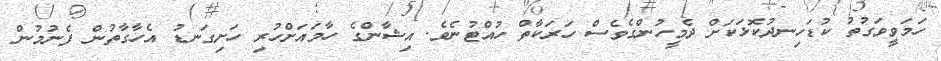
ހަމަވީވަގުތު ކުޑަހިނދުކޮޅަކަށް ދެމީހުންގެވެސް ހަރަކާތް ހުއްޓުނެވެ. އިޝާންގެ ހާމައަށްހުރި ހަށިގަނޑު އެހާގާތުން ފެނުމުން